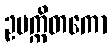
ဥပက္ကိတကော